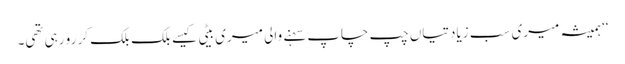
‘‘ ہمیشہ میری سب زیادتیاں چپ چاپ سہنے والی میری بیٹی کیسے بلک بلک کر رو رہی تھی۔